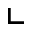
\llcorner